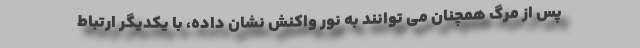
پس از مرگ همچنان می توانند به نور واکنش نشان داده، با یکدیگر ارتباط